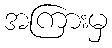
အကြားမှ